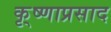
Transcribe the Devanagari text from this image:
कृ्ष्णाप्रसाद